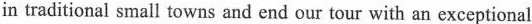
in traditional small towns and end our tour with an exceptional